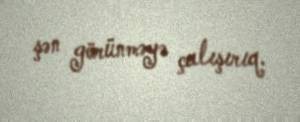
şən görünməyə çalışırıq.